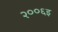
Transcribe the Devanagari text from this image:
२००६इ